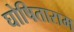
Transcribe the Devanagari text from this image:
घोषिताराम